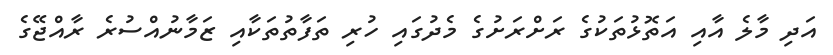
އަދި މާލެ އާއި އަތޮޅުތަކުގެ ރަށްރަށުގެ މެދުގައި ހުރި ތަފާތުތަކާއި ޒަމާނުއްސުރެ ރާއްޖޭގެ